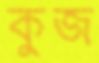
কুজ